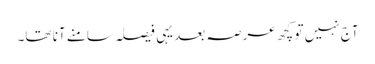
آج نہیں تو کچھ عرصہ بعد یہی فیصلہ سامنے آنا تھا۔